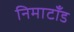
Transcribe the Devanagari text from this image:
निमाटाँड